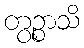
တွဉ္စာသိ